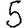
Digit: 5